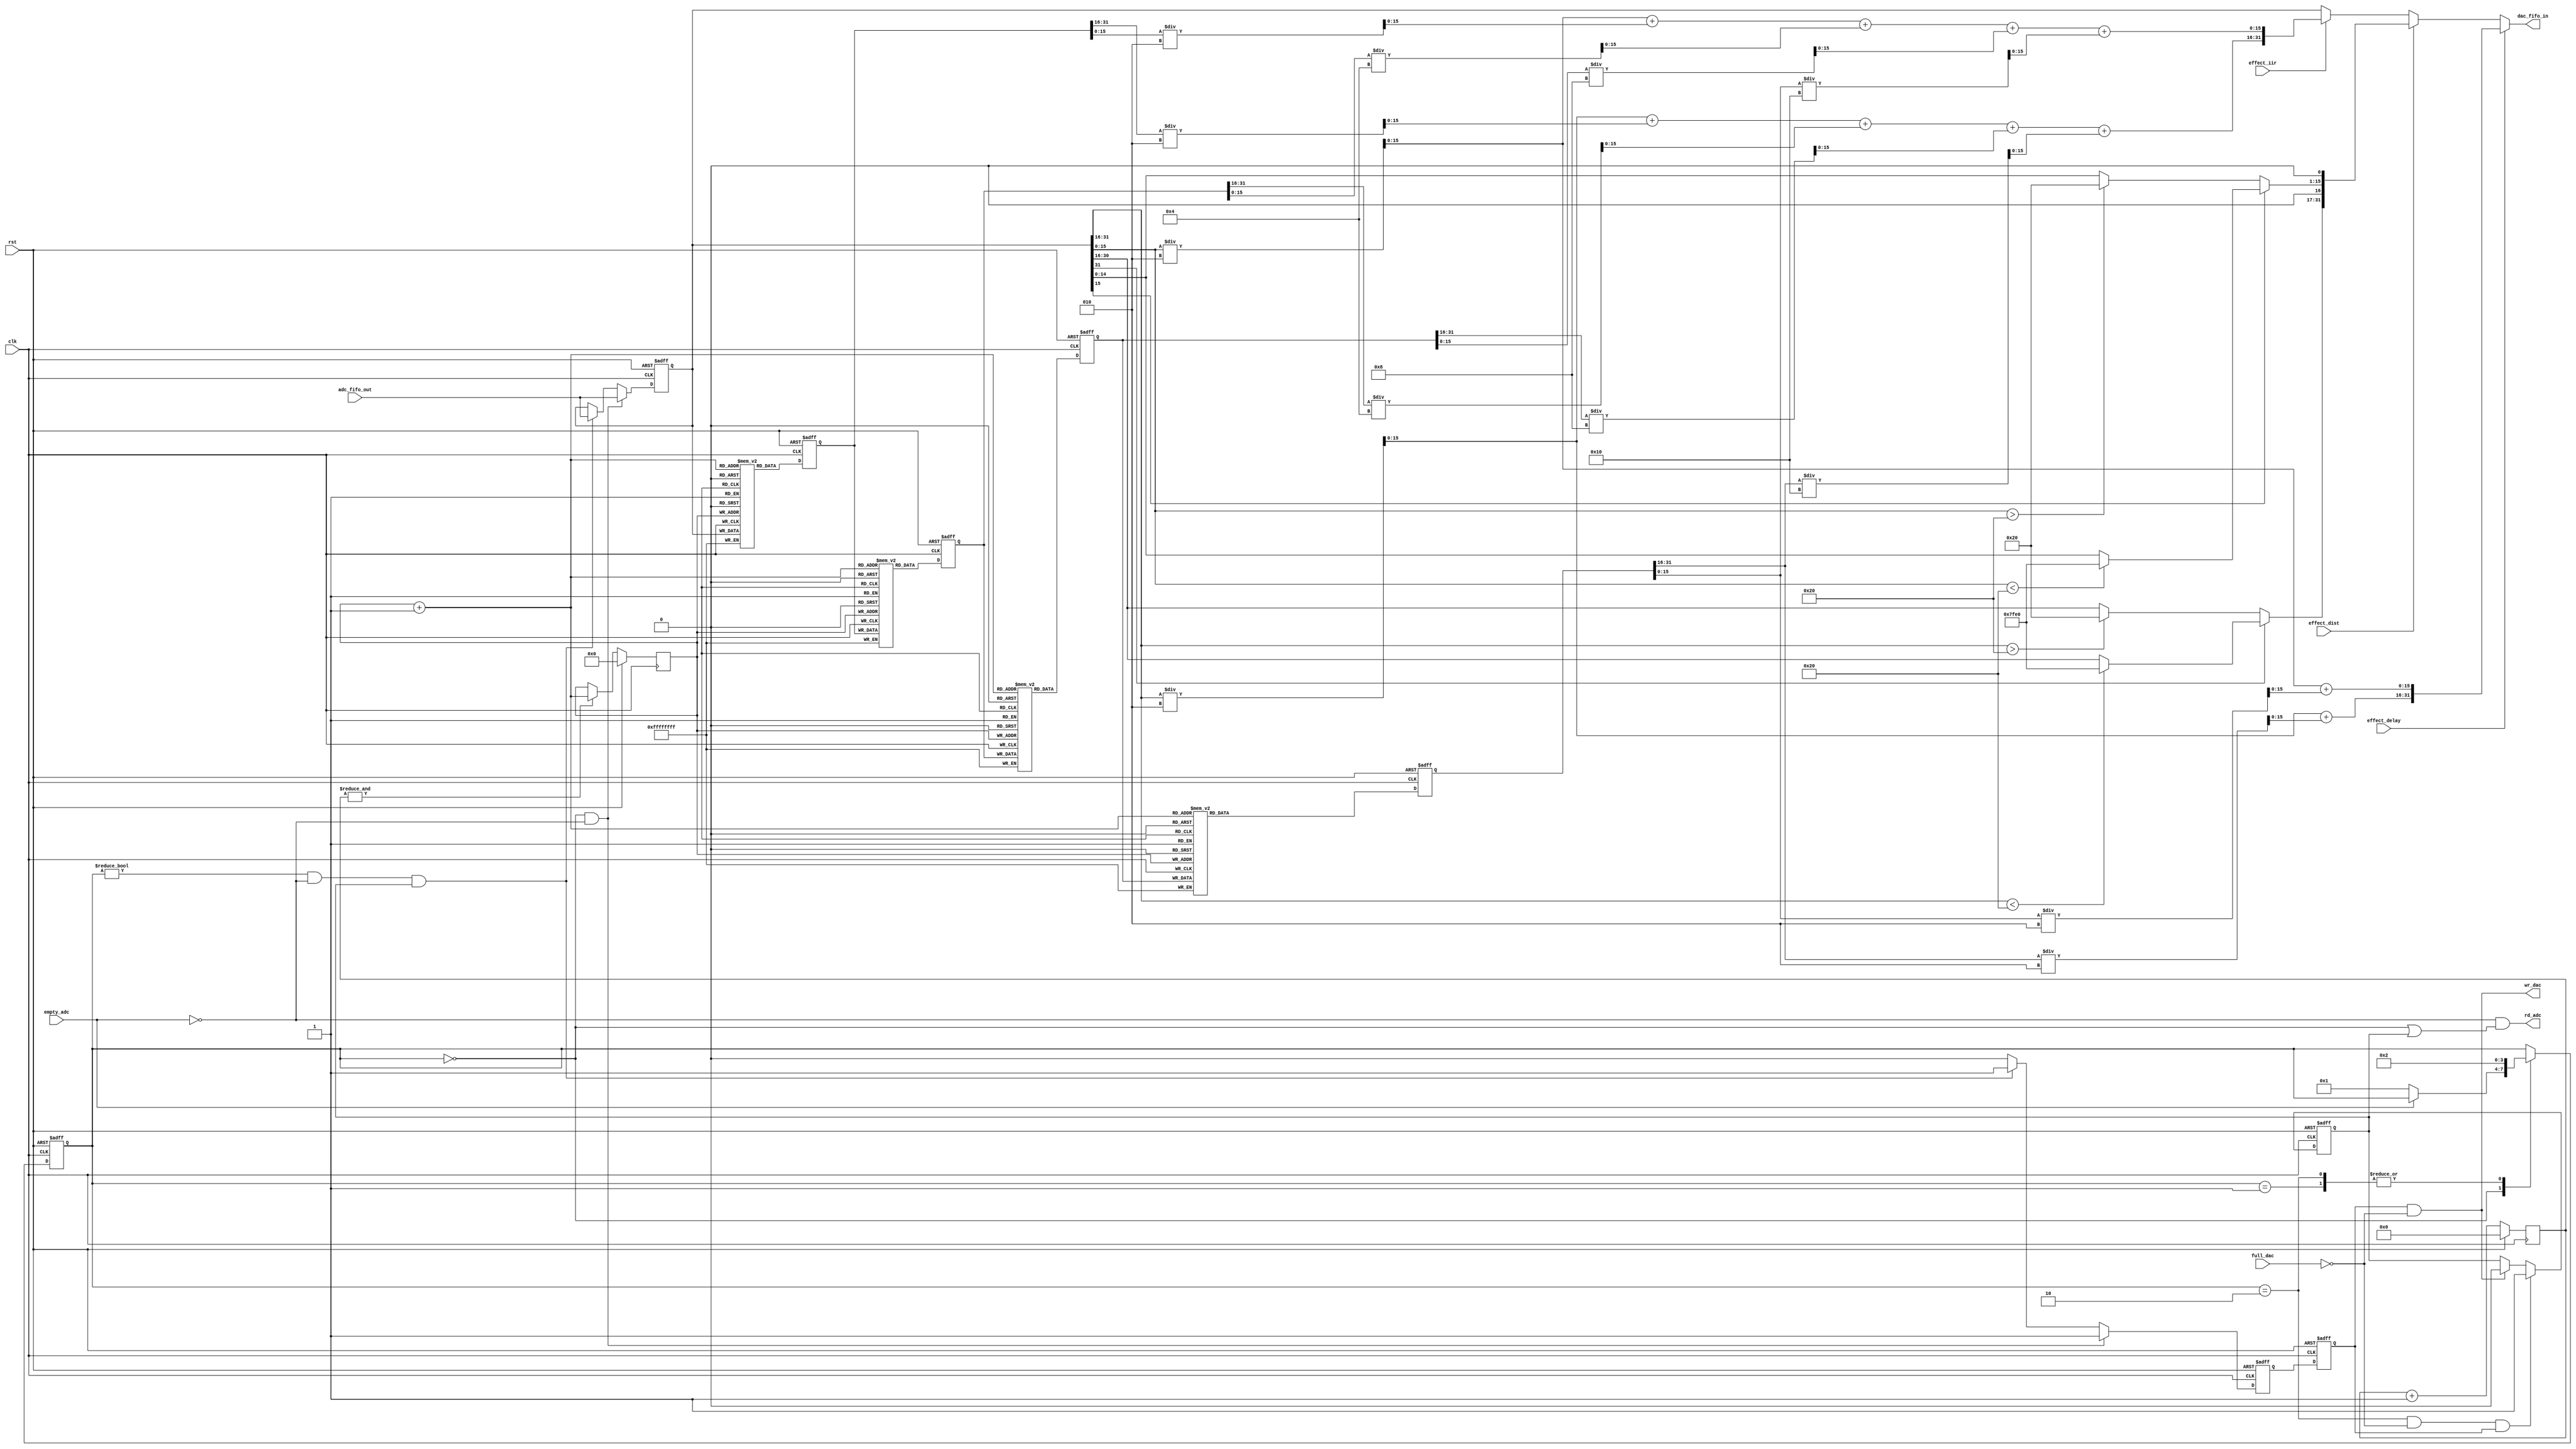
module data_processor(
  input clk, rst,
  input empty_adc, full_dac,
  input effect_dist,effect_delay,effect_iir, // enable signal of the effects
  output rd_adc,  // 1-enable read from adc-fifo
  output wr_dac,  // 1-enable write to dac-fifo
  input  [31:0] adc_fifo_out,   //input from adc-fifo
  output [31:0] dac_fifo_in     //output to dac-fifo
);

//-----state parameters-------
parameter IDLE = 4'd0;
parameter FIRST = 4'd1;
parameter PROC = 4'd2;

//-----size definition for delay mem---------
parameter MEM_DEPTH = 13;     //delay time = 2^13/ 48k
parameter MEM_SIZE = 1 << MEM_DEPTH;

reg [31:0] delay_mem  [MEM_SIZE-1 :0];
reg [31:0] delay_mem1 [MEM_SIZE-1 :0];
reg [31:0] delay_mem2 [MEM_SIZE-1 :0];
reg [31:0] delay_mem3 [MEM_SIZE-1 :0];
reg [MEM_DEPTH-1 : 0] addr;

reg [9:0] counter;

reg [3:0] state;
reg [3:0] next_state;

reg [31:0] buffer0,buffer1,buffer2,buffer3,buffer4;
reg valid;
reg done;

wire signed [15:0] left_0,right_0;
wire signed [15:0] left_1,right_1;
wire signed [15:0] left_2,right_2;
wire signed [15:0] left_3,right_3;
wire signed [15:0] left_4,right_4;

assign left_0  = buffer0[31:16];
assign right_0 = buffer0[15:0];
assign left_1  = buffer1[31:16];
assign right_1 = buffer1[15:0];
assign left_2  = buffer2[31:16];
assign right_2 = buffer2[15:0];
assign left_3  = buffer3[31:16];
assign right_3 = buffer3[15:0];
assign left_4  = buffer4[31:16];
assign right_4 = buffer4[15:0];


wire signed [15:0] left_dist, right_dist;
wire signed [15:0] left_dist_amp, right_dist_amp;

//-----sound clipping (distortion)-----
assign left_dist = ~left_0[15]?(left_0 > 32 ? 32 : left_0) : (left_0 < -32 ? -32 : left_0);      //threshold = 32
assign right_dist = ~right_0[15]?(right_0 > 32 ? 32 : right_0) : (right_0 < -32 ? -32 : right_0); 

//-----sound amplify-----
assign left_dist_amp = left_dist << 1;
assign right_dist_amp = right_dist << 1;

//-----delay & echo--------
wire signed [15:0] left_delay, right_delay;
wire signed [15:0] left_echo, right_echo;
assign left_echo   = left_0/2 + left_1/2 + left_2/4 + left_3/8 + left_4/16;
assign right_echo  = right_0/2 + right_1/2 + right_2/4 + right_3/8 + right_4/16;
assign left_delay  = left_0/2 + left_4/2;
assign right_delay = right_0/2 + right_4/2;

assign dac_fifo_in = effect_delay ? {left_delay,right_delay}:
                     effect_dist  ? {left_dist_amp,right_dist_amp}:
                     effect_iir   ? {left_echo,right_echo} : buffer0;

assign rd_adc = !empty_adc &&(state == IDLE || done);
assign wr_dac = valid && !full_dac;


always@(posedge clk or posedge rst)
if(rst)
  state <= 4'd0;
else
  state <= next_state;

always@(*)
begin
  next_state = state;
  case(state)
    IDLE    : if(!empty_adc) next_state = FIRST;
    FIRST   : next_state = PROC;
    PROC    : next_state = PROC;
  endcase

end

reg flag0;

//wire signed [15:0] left_in,right_in;
//assign left_in = adc_fifo_out[31:16];
//assign right_in = adc_fifo_out[15:0];

always@(posedge clk or posedge rst)
if(rst) begin
  buffer0 <= 32'b0;
  flag0 <= 0;
end else if(state == IDLE && !empty_adc) begin        //loading first sample
  buffer0 <= adc_fifo_out;
  flag0 <= 1;
end else if(state != IDLE && !empty_adc && done) begin //loading following samples
  buffer0 <= adc_fifo_out;
  flag0 <= 1;
end else
  flag0 <= 0;

always@(posedge clk or posedge rst)
if(rst)
  valid <= 0;
else
  valid <= flag0;

always@(posedge clk or posedge rst)
if(rst)
  done <= 0;
else if(state == PROC && !full_dac && valid)
  done <= 1;
else if(wr_dac)
  done <= 0;

always@(posedge clk or posedge rst)
if(rst)
  buffer1 <= 32'b0;
else
  buffer1 <= delay_mem[addr+1];

always@(posedge clk or posedge rst)
if(rst)
  buffer2 <= 32'b0;
else
  buffer2 <= delay_mem1[addr+1];
  
always@(posedge clk or posedge rst)
if(rst)
  buffer3 <= 32'b0;
else
  buffer3 <= delay_mem2[addr+1];
  
always@(posedge clk or posedge rst)
if(rst)
  buffer4 <= 32'b0;
else
  buffer4 <= delay_mem3[addr+1];
  
always@(posedge clk)
if(rst)
counter <= 0;
else
counter <= counter + 1;

always@(posedge clk)
if(rst)
addr <= 0;
else if(&counter)
addr <= addr + 1;

always@(posedge clk)
delay_mem[addr] <= buffer0;

always@(posedge clk)
delay_mem1[addr] <= buffer1;

always@(posedge clk)
delay_mem2[addr] <= buffer2;

always@(posedge clk)
delay_mem3[addr] <= buffer3;

endmodule